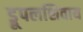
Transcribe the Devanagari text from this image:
ड्रूपलशिवाय